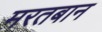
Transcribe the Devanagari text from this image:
मरतबान